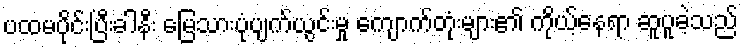
ပထမပိုင်းပြီးခါနီး မြေသားပုံပျက်ယွင်းမှု ကျောက်တုံးများ၏ ကိုယ့်နေရာ ဆူပူခဲ့သည်